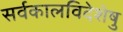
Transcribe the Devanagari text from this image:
सर्वकालविदेशेषु